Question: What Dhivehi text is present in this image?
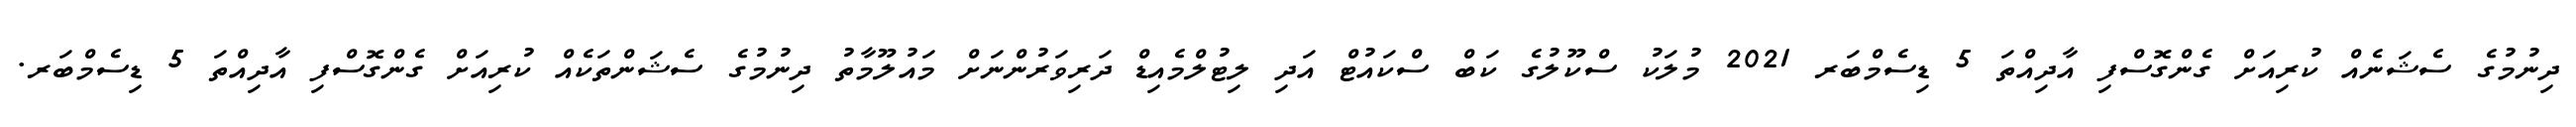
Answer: ދިނުމުގެ ސެޝަނެއް ކުރިއަށް ގެންގޮސްފި އާދިއްތަ 5 ޑިސެމްބަރ 2021 މުލަކު ސްކޫލުގެ ކަބް ސްކައުޓް އަދި ލިޓުލްމެއިޑް ދަރިވަރުންނަށް މައުލޫމާތު ދިނުމުގެ ސެޝަންތަކެއް ކުރިއަށް ގެންގޮސްފި އާދިއްތަ 5 ޑިސެމްބަރ.